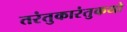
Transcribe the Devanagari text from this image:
तरंतुकारंतुकयो